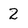
Character: 2